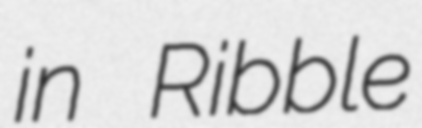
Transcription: in Ribble